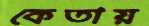
কেতায়